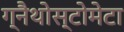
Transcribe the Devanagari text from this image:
ग्नैथोस्टोमेटा